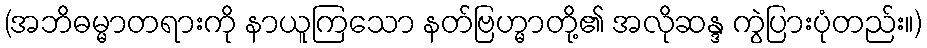
(အဘိဓမ္မာတရားကို နာယူကြသော နတ်ဗြဟ္မာတို့၏ အလိုဆန္ဒ ကွဲပြားပုံတည်း။)